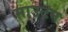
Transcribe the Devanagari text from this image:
माउटन